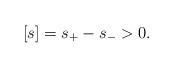
LaTeX: \begin{align*} [s]=s_+-s_->0.\end{align*}